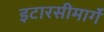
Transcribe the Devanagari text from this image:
इटारसीमार्गे